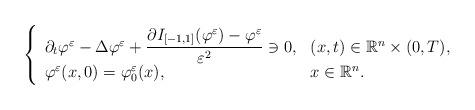
LaTeX: \begin{align*}\left\{\begin{array}{ll}\partial _t \varphi ^{\varepsilon} -\Delta \varphi ^{\varepsilon} +\dfrac{\partial I_{[-1,1]} (\varphi ^{\varepsilon}) -\varphi ^\varepsilon}{\varepsilon ^2} \ni 0, & (x,t)\in \mathbb{R}^n \times (0,T), \\\varphi ^{\varepsilon} (x,0) = \varphi _0 ^{\varepsilon} (x) , & x\in \mathbb{R}^n.\end{array} \right.\end{align*}